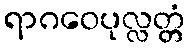
ရာဂဝေပုလ္လတ္တံ